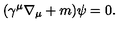
( \gamma ^ { \mu } \nabla _ { \mu } + m ) \psi = 0 .